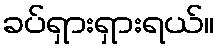
ခပ်ရှားရှားရယ်။